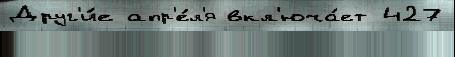
Друг'и́е апр'е́л'я вкл'юча́ет 427